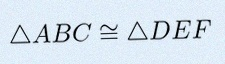
\triangle ABC\cong\triangle DEF